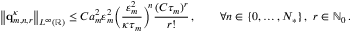
\bigl \| \mathbf { q } _ { m , n , r } ^ { \kappa } \bigr \| _ { L ^ { \infty } ( \ensuremath { \mathbb { R } } ) } \leq C a _ { m } ^ { 2 } \varepsilon _ { m } ^ { 2 } \biggl ( \frac { \varepsilon _ { m } ^ { 2 } } { \kappa \tau _ { m } } \biggr ) ^ { \! n } \frac { ( C \tau _ { m } ) ^ { r } } { r ! } \, , \qquad \forall n \in \{ 0 , \ldots , N _ { * } \} \, , \ r \in \ensuremath { \mathbb { N } } _ { 0 } \, .